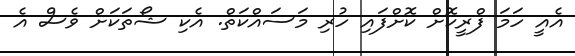
އެއީ ހަމަ ފްރީކޮށް ކޮށްފައި ހުރި މަސައްކަތް. އެކި ޝޯތަކަށް ވެސް އެ